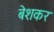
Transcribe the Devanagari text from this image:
बेशकर